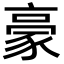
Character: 豪